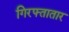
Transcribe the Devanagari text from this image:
गिरफ्तातार